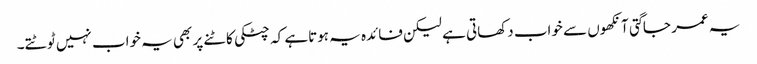
یہ عمر جاگتی آنکھوں سے خواب دکھاتی ہے لیکن فائدہ یہ ہوتاہے کہ چٹکی کاٹنے پر بھی یہ خواب نہیں ٹوٹتے۔